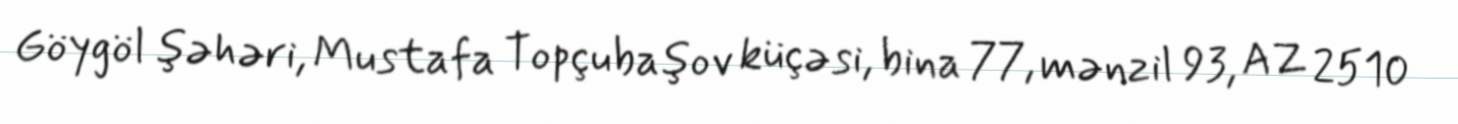
Göygöl şəhəri, Mustafa Topçubaşov küçəsi, bina 77, mənzil 93, AZ 2510